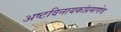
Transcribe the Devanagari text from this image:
अष्टविनायकांप्रमाणेच